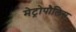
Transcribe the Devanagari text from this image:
मेट्रोपौलिस